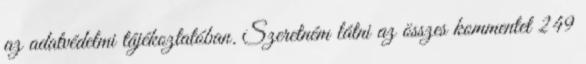
az adatvédelmi tájékoztatóban. Szeretném látni az összes kommentet 249